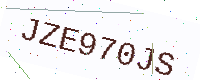
Text: JZE970JS